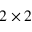
2 \times 2